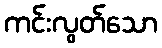
ကင်းလွတ်သော